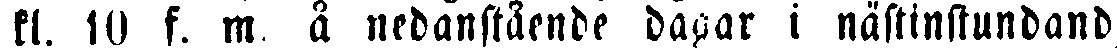
kl. 10 f. m å nedanstående dagar i nästinstundand